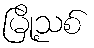
မြို့သစ်